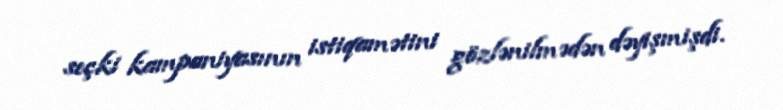
seçki kampaniyasının istiqamətini gözlənilmədən dəyişmişdi.